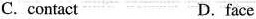
C. contact D.face